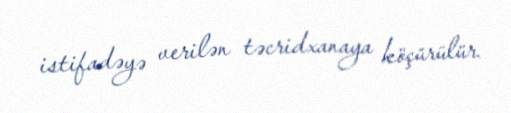
istifadəyə verilən təcridxanaya köçürülür.